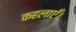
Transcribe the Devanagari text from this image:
कहलाएँ।